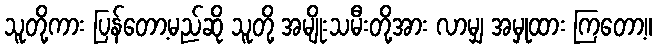
သူတို့ကား ပြန်တော့မည်ဆို သူတို့ အမျိုးသမီးတို့အား လာမျှ အမှုထား ကြတော့။